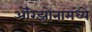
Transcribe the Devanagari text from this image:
अॅरिझोनामध्ये